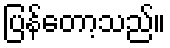
ပြန်တော့သည်။